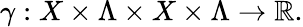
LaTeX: \gamma:X\times\Lambda\times X\times\Lambda\to\mathbb{R}.